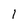
Character: 1